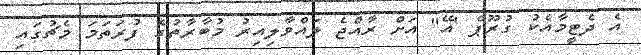
އެ ދެޓީމާއެކު ގުރޫޕް 'އޭ" އަށް ރާއްޖެ ލައްވާލިއިރު މުބާރާތުގެ ފުރަތަމަ މެޗުގައި